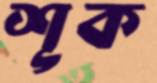
শূক